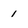
Character: 1